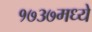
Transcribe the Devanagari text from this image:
१७३७मध्ये